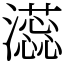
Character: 𬉡